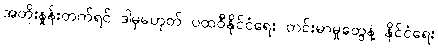
အတိုးနှုန်းတက်ရင် ဒါမှမဟုတ် ပထဝီနိုင်ငံရေး တင်းမာမှုတွေနဲ့ နိုင်ငံရေး